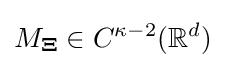
M_{\mathbf {\Xi } }\in C^{\kappa -2}(\mathbb {R} ^{d})